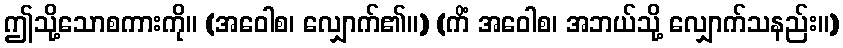
ဤသို့သောစကားကို။ (အဝေါစ၊ လျှောက်၏။) (ကိံ အဝေါစ၊ အဘယ်သို့ လျှောက်သနည်း။)